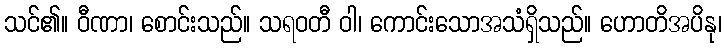
သင်၏။ ဝီဏာ၊ စောင်းသည်။ သရဝတီ ဝါ၊ ကောင်းသောအသံရှိသည်။ ဟောတိအပိနု၊